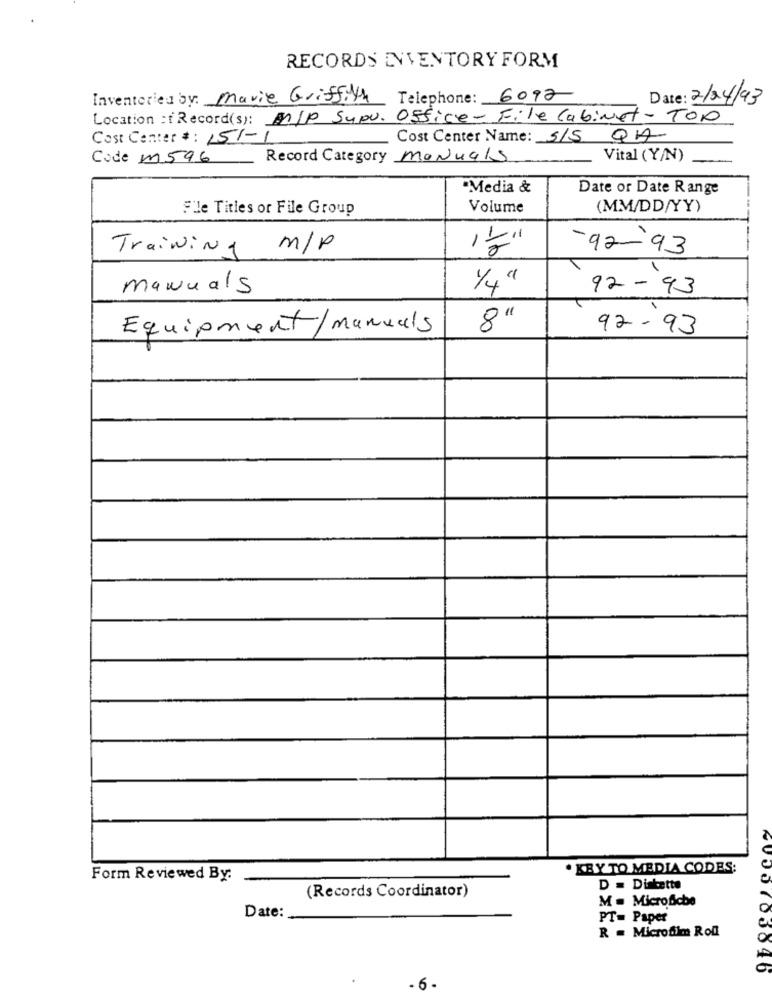
RECORDS INVENTORY FORM
Inventoried by: Marie Griffith Telephone: 6092
Date: 2/04/93
Location of Record(s): MIP Supu. Office- File Cabinet - Top
Cost Center #: 151-1
Cost Center Name: S/S QA
Code m596
Record Category manuals
Vital (Y/N)
"Media &
Date or Date Range
Sle Titles or File Group
Volume
(MM/DD/YY)
Training
m/p
'능"
-92- 93
-
mawuals
1/4"
92 - 93
=
Equipment/ manuels
00
92.93
· KBY TO MEDIA CODES:
e
Form Reviewed By:
(Records Coordinator)
D = Diskette
M = Microfiche
Date:
PT= Paper
R = Microfilm Roll
e
0
4000 105046
- 6 -